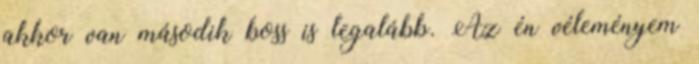
akkor van második boss is legalább. Az én véleményem